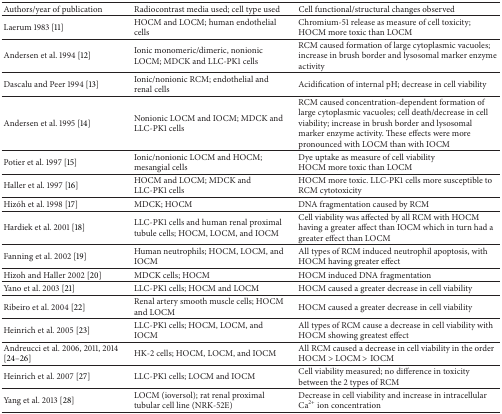
| Authors/year of publication | Radiocontrast media used; cell type used | Cell functional/structural changes observed |
 | --- | --- | --- |
 | Laerum 1983 [11] | HOCM and LOCM; human endothelial cells | Chromium-51 release as measure of cell toxicity; HOCM more toxic than LOCM |
 | Andersen et al. 1994 [12] | Ionic monomeric/dimeric, nonionic LOCM; MDCK and LLC-PK1 cells | RCM caused formation of large cytoplasmic vacuoles; increase in brush border and lysosomal marker enzyme activity |
 | Dascalu and Peer 1994 [13] | Ionic/nonionic RCM; endothelial and renal cells | Acidification of internal pH; decrease in cell viability |
 | Andersen et al. 1995 [14] | Nonionic LOCM and IOCM; MDCK and LLC-PK1 cells | RCM caused concentration-dependent formation of large cytoplasmic vacuoles; cell death/decrease in cell viability; increase in brush border and lysosomal marker enzyme activity. These effects were more pronounced with LOCM than with IOCM |
 | Potier et al. 1997 [15] | Ionic/nonionic LOCM and HOCM; mesangial cells | Dye uptake as measure of cell viabilityHOCM more toxic than LOCM |
 | Haller et al. 1997 [16] | HOCM and LOCM; MDCK and LLC-PK1 cells | HOCM more toxic. LLC-PK1 cells more susceptible to RCM cytotoxicity |
 | Hizóh et al. 1998 [17] | MDCK; HOCM | DNA fragmentation caused by RCM |
 | Hardiek et al. 2001 [18] | LLC-PK1 cells and human renal proximal tubule cells; HOCM, LOCM, and IOCM | Cell viability was affected by all RCM with HOCM having a greater affect than IOCM which in turn had a greater effect than LOCM |
 | Fanning et al. 2002 [19] | Human neutrophils; HOCM, LOCM, and IOCM | All types of RCM induced neutrophil apoptosis, with HOCM having greater effect |
 | Hizoh and Haller 2002 [20] | MDCK cells; HOCM | HOCM induced DNA fragmentation |
 | Yano et al. 2003 [21] | LLC-PK1 cells; HOCM and LOCM | HOCM caused a greater decrease in cell viability |
 | Ribeiro et al. 2004 [22] | Renal artery smooth muscle cells; HOCM and LOCM | HOCM caused a greater decrease in cell viability |
 | Heinrich et al. 2005 [23] | LLC-PK1 cells; HOCM, LOCM, and IOCM | All types of RCM cause a decrease in cell viability with HOCM showing greatest effect |
 | Andreucci et al. 2006, 2011, 2014 [24–26] | HK-2 cells; HOCM, LOCM, and IOCM | All RCM caused a decrease in cell viability in the order HOCM > LOCM > IOCM |
 | Heinrich et al. 2007 [27] | LLC-PK1 cells; LOCM and IOCM | Cell viability measured; no difference in toxicity between the 2 types of RCM |
 | Yang et al. 2013 [28] | LOCM (ioversol); rat renal proximal tubular cell line (NRK-52E) | Decrease in cell viability and increase in intracellular Ca2+ ion concentration |